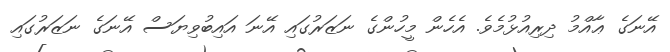
އޭނަގެ ޢާއްމު ދިރިއުޅުމެވެ. އެހެން މީހުންގެ ނަޒަރުގައި އޭނަ އައިބުވިޔަސް އޭނަގެ ނަޒަރުގައި